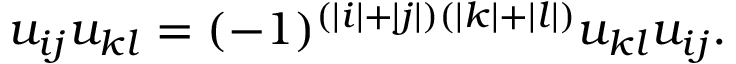
u _ { i j } u _ { k l } = ( - 1 ) ^ { ( | i | + | j | ) ( | k | + | l | ) } u _ { k l } u _ { i j } .